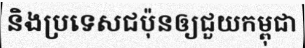
និងប្រទេសជប៉ុនឲ្យជួយកម្ពុជា